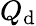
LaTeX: Q_{\mathrm{d}}